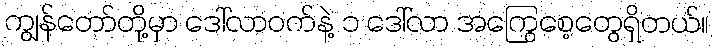
ကျွန်တော်တို့မှာ ဒေါ်လာဝက်နဲ့ ၁ ဒေါ်လာ အကြွေစေ့တွေရှိတယ်။